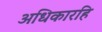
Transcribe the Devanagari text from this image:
अधिकारहि